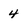
Character: 4